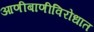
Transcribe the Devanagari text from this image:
आणीबाणीविरोधात